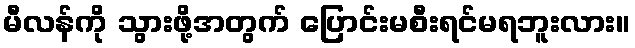
မီလန်ကို သွားဖို့အတွက် ပြောင်းမစီးရင်မရဘူးလား။